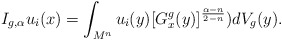
\begin{align*}I_{g, \alpha}u_i(x)=\int_{{M}^n} u_i(y)[G^{g}_x(y)]^{\frac {\alpha-n}{2-n}})dV_g(y).\end{align*}